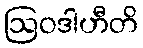
ဩဝဒါဟီတိ